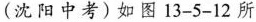
(沈阳中考)如图13-5-12所